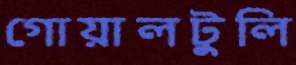
গোয়ালটুলি